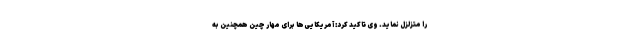
را متزلزل نماید. وی تاکید کرد: آمریکایی‌ها برای مهار چین همچنین به